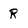
Character: R